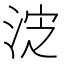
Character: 𰛸